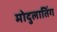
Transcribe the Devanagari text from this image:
मोदुलातिंग